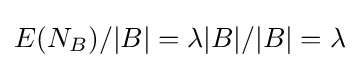
E(N_{B})/|B|=\lambda |B|/|B|=\lambda